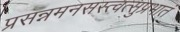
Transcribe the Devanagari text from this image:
प्रसन्नमनसस्त्वत्सुप्रभातं